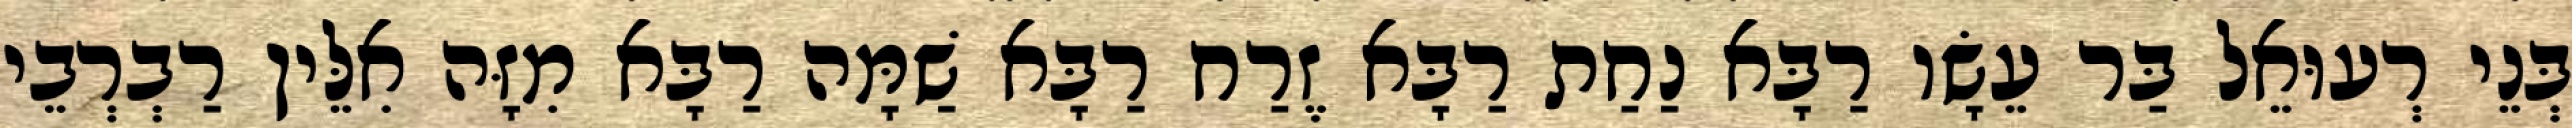
בְּנֵי רְעוּאֵל בַּר עֵשָׂו רַבָּא נַחַת רַבָּא זֶרַח רַבָּא שַׁמָּה רַבָּא מִזָּה אִלֵּין רַבְרְבֵי